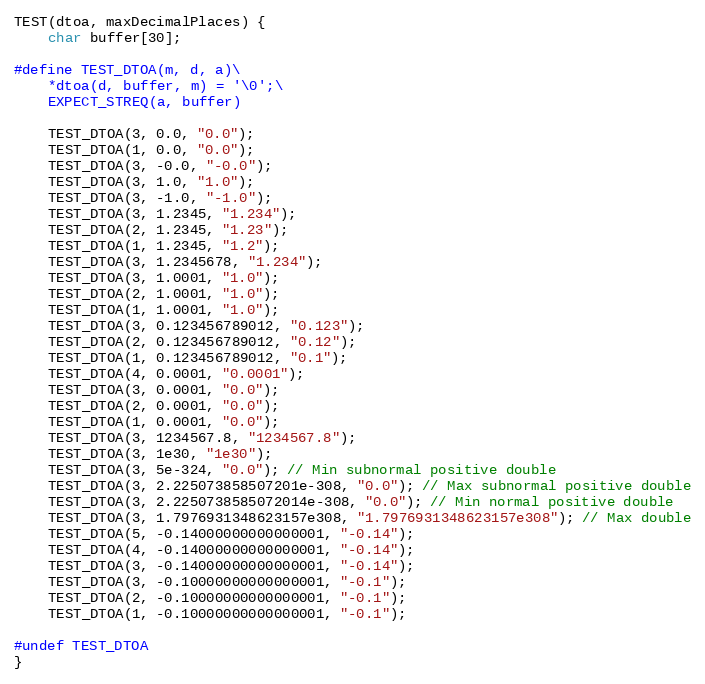
Language: C++
TEST(dtoa, maxDecimalPlaces) {
    char buffer[30];

#define TEST_DTOA(m, d, a)\
    *dtoa(d, buffer, m) = '\0';\
    EXPECT_STREQ(a, buffer)

    TEST_DTOA(3, 0.0, "0.0");
    TEST_DTOA(1, 0.0, "0.0");
    TEST_DTOA(3, -0.0, "-0.0");
    TEST_DTOA(3, 1.0, "1.0");
    TEST_DTOA(3, -1.0, "-1.0");
    TEST_DTOA(3, 1.2345, "1.234");
    TEST_DTOA(2, 1.2345, "1.23");
    TEST_DTOA(1, 1.2345, "1.2");
    TEST_DTOA(3, 1.2345678, "1.234");
    TEST_DTOA(3, 1.0001, "1.0");
    TEST_DTOA(2, 1.0001, "1.0");
    TEST_DTOA(1, 1.0001, "1.0");
    TEST_DTOA(3, 0.123456789012, "0.123");
    TEST_DTOA(2, 0.123456789012, "0.12");
    TEST_DTOA(1, 0.123456789012, "0.1");
    TEST_DTOA(4, 0.0001, "0.0001");
    TEST_DTOA(3, 0.0001, "0.0");
    TEST_DTOA(2, 0.0001, "0.0");
    TEST_DTOA(1, 0.0001, "0.0");
    TEST_DTOA(3, 1234567.8, "1234567.8");
    TEST_DTOA(3, 1e30, "1e30");
    TEST_DTOA(3, 5e-324, "0.0"); // Min subnormal positive double
    TEST_DTOA(3, 2.225073858507201e-308, "0.0"); // Max subnormal positive double
    TEST_DTOA(3, 2.2250738585072014e-308, "0.0"); // Min normal positive double
    TEST_DTOA(3, 1.7976931348623157e308, "1.7976931348623157e308"); // Max double
    TEST_DTOA(5, -0.14000000000000001, "-0.14");
    TEST_DTOA(4, -0.14000000000000001, "-0.14");
    TEST_DTOA(3, -0.14000000000000001, "-0.14");
    TEST_DTOA(3, -0.10000000000000001, "-0.1");
    TEST_DTOA(2, -0.10000000000000001, "-0.1");
    TEST_DTOA(1, -0.10000000000000001, "-0.1");

#undef TEST_DTOA
}